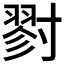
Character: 𡭁